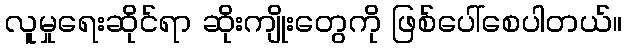
လူမှုရေးဆိုင်ရာ ဆိုးကျိုးတွေကို ဖြစ်ပေါ်စေပါတယ်။